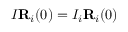
I { \bf R } _ { i } ( 0 ) = I _ { i } { \bf R } _ { i } ( 0 )